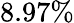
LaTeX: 8.97\%